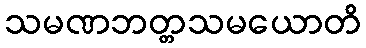
သမဏဘတ္တသမယောတိ